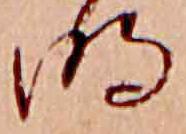
明